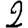
Digit: 2